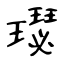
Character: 璱